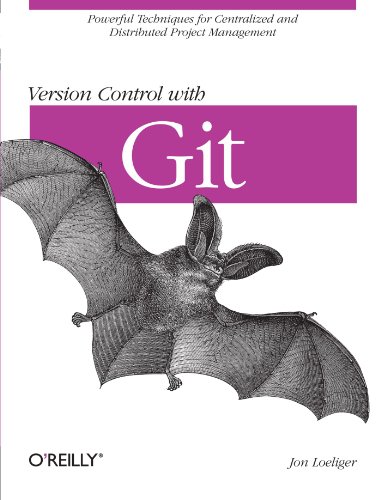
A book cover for Version Control with Git: Powerful tools and techniques for collaborative software development; Jon Loeliger; Computers & Technology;